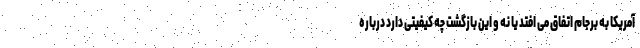
آمریکا به برجام اتفاق می افتد یا نه و این بازگشت چه کیفیتی دارد درباره